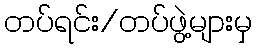
တပ်ရင်း/တပ်ဖွဲ့များမှ